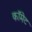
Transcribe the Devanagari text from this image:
काॅमेट